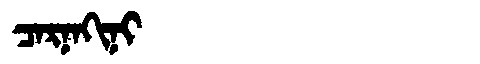
Manchu: ᠴᠠᡵᠨᠠᡴᡳᠨᡳ
Romanization: CARNAKINI